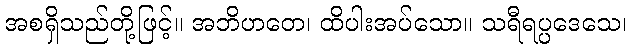
အစရှိသည်တို့ဖြင့်။ အဘိဟတေ၊ ထိပါးအပ်သော။ သရီရပ္ပဒေသေ၊